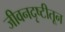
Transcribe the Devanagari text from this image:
जीवनदृष्टीतून